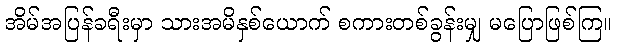
အိမ်အပြန်ခရီးမှာ သားအမိနှစ်ယောက် စကားတစ်ခွန်းမျှ မပြောဖြစ်ကြ။